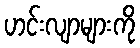
ဟင်းလျာများကို